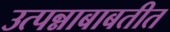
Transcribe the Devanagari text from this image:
उत्पन्नाबाबतीत